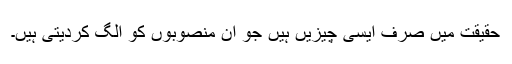
حقیقت میں صرف ایسی چیزیں ہیں جو ان منصوبوں کو الگ کردیتی ہیں۔